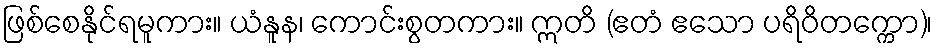
ဖြစ်စေနိုင်ရမူကား။ ယံနူန၊ ကောင်းစွတကား။ ဣတိ (ဧတံ ဧသော ပရိဝိတက္ကော)၊